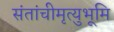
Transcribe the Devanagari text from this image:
संतांचीमृत्युभूमि